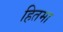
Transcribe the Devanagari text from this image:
हितमा